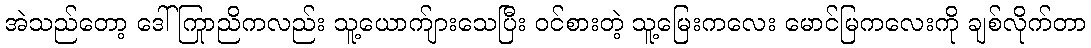
အဲသည်တော့ ဒေါ်ကြာညိုကလည်း သူ့ယောက်ျားသေပြီး ဝင်စားတဲ့ သူ့မြေးကလေး မောင်မြကလေးကို ချစ်လိုက်တာ